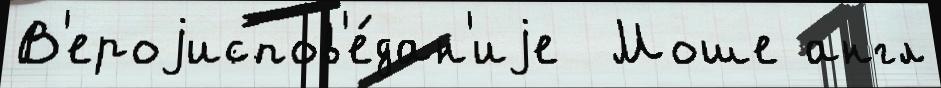
В'ероjиспов'е́дан'иjе  Моше англ